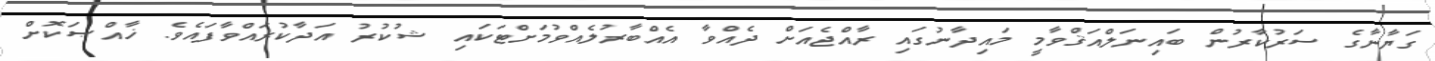
ގަޔާނާގެ ސަރުކާރުން ބައިނަލްއަޤްވާމީ މައިދާނުގައި ރާއްޖެއަށް ދެއްވާ އެއްބާރުލެއްވުމަށްޓަކައި ޝުކުރު އަދާކުރައްވާފައެވެ. ޚާއްޞަކޮށް